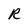
Character: R